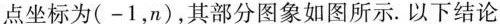
点座标为(-1,n),其部如图所示.以下结论